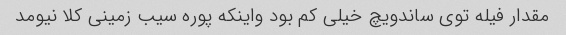
مقدار فیله توی ساندویچ خیلی کم بود واینکه پوره سیب زمینی کلا نیومد